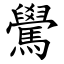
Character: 䮸